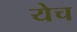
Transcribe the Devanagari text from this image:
येच